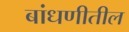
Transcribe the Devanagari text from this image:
बांधणीतील